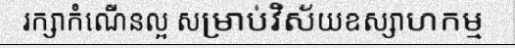
រក្សាកំណើនល្អ សម្រាប់វិស័យឧស្សាហកម្ម